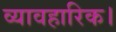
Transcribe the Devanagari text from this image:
व्यावहारिक।